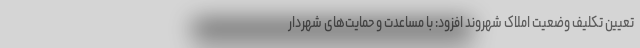
تعیین تکلیف وضعیت املاک شهروند افزود: با مساعدت و حمایت‌های شهردار